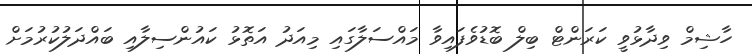
ހާޝިމް ވިދާޅުވީ ކަރަންޓް ބިލް ބޮޑުވެފައިވާ މައްސަލާގައި މިއަދު އަތޮޅު ކައުންސިލާއި ބައްދަލުކުރުމަށް